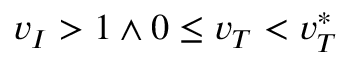
v _ { I } > 1 \land 0 \le v _ { T } < v _ { T } ^ { * }